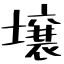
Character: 壌